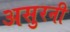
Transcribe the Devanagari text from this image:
असुरनी